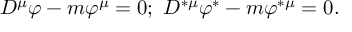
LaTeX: D ^ { \mu } \varphi - m \varphi ^ { \mu } = 0 ; \ D ^ { \ast \mu } \varphi ^ { \ast } - m \varphi ^ { \ast \mu } = 0 .